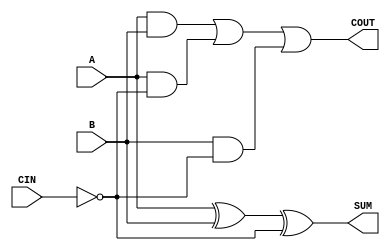
module sky130_fd_sc_hd__fahcin (
    COUT,
    SUM ,
    A   ,
    B   ,
    CIN
);

    // Module ports
    output COUT;
    output SUM ;
    input  A   ;
    input  B   ;
    input  CIN ;

    // Module supplies
    supply1 VPWR;
    supply0 VGND;
    supply1 VPB ;
    supply0 VNB ;

    // Local signals
    wire ci          ;
    wire xor0_out_SUM;
    wire a_b         ;
    wire a_ci        ;
    wire b_ci        ;
    wire or0_out_COUT;

    //  Name  Output        Other arguments
    not not0 (ci          , CIN            );
    xor xor0 (xor0_out_SUM, A, B, ci       );
    buf buf0 (SUM         , xor0_out_SUM   );
    and and0 (a_b         , A, B           );
    and and1 (a_ci        , A, ci          );
    and and2 (b_ci        , B, ci          );
    or  or0  (or0_out_COUT, a_b, a_ci, b_ci);
    buf buf1 (COUT        , or0_out_COUT   );

endmodule